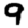
Digit: 9